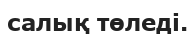
салық төледі.